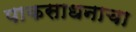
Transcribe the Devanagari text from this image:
पाकसाधनाचा